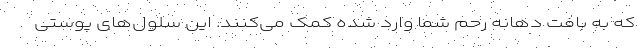
که به بافت دهانه رحم شما وارد شده کمک می‌کنند. این سلول‌های پوستی